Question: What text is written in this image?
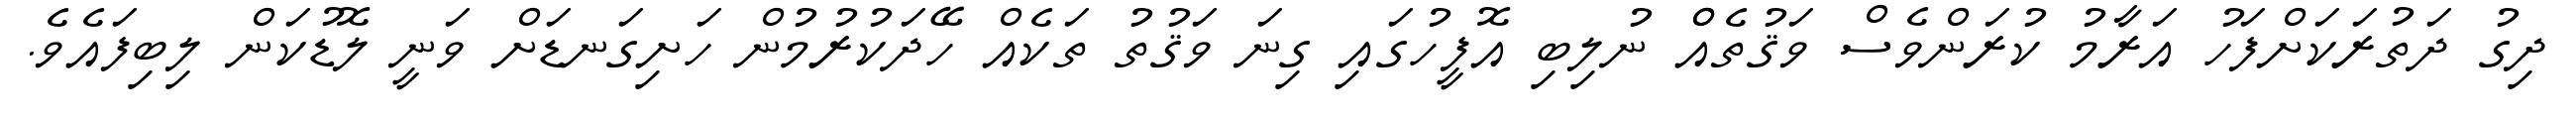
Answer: ދިގު ދަތުރަކަށްފަހު އަރާމު ކުރަންވެސް ވަޤުތެއްް ނުލިބި އޮފީހުގައި ގިނަ ވަޤުތު ތަކެއް ހޭދަކުރުމުން ހަށިގަނޑަށް ވަނީ ލޮޑުކަން ލިބިފައެވެ.